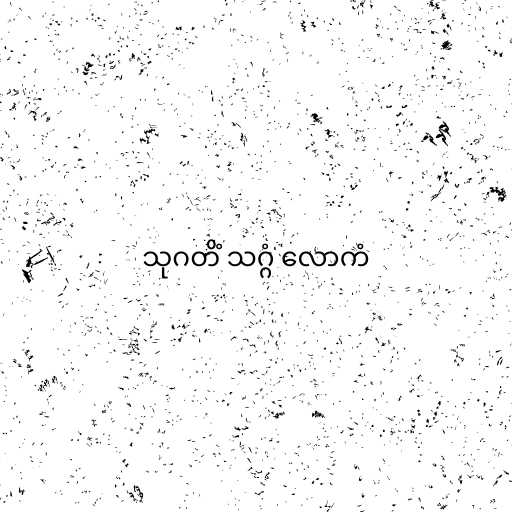
သုဂတိံ သဂ္ဂံ လောကံ